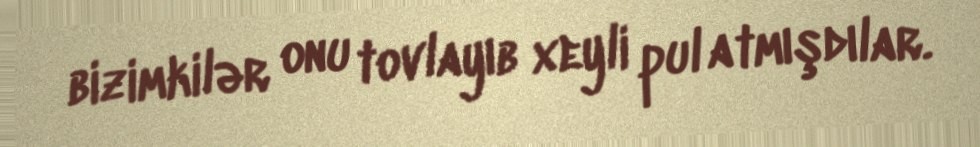
bizimkilər onu tovlayıb xeyli pul atmışdılar.